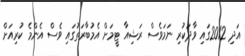
އަދި 2012ގައި ވާދަކުރި ނަމަވެސް ރަޝިއާ ޓީމަށް އެމުބާރަތުގައި ވެސް އެންމެ ކުރިއަށް